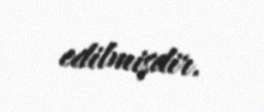
edilmişdir.